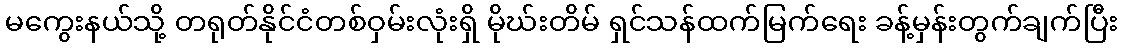
မကွေးနယ်သို့ တရုတ်နိုင်ငံတစ်ဝှမ်းလုံးရှိ မိုဃ်းတိမ် ရှင်သန်ထက်မြက်ရေး ခန့်မှန်းတွက်ချက်ပြီး